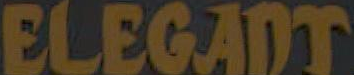
ELEGADT